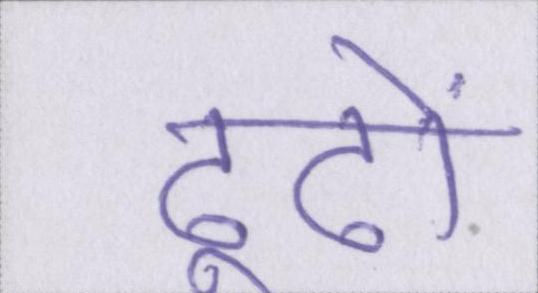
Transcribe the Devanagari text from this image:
ढूढों